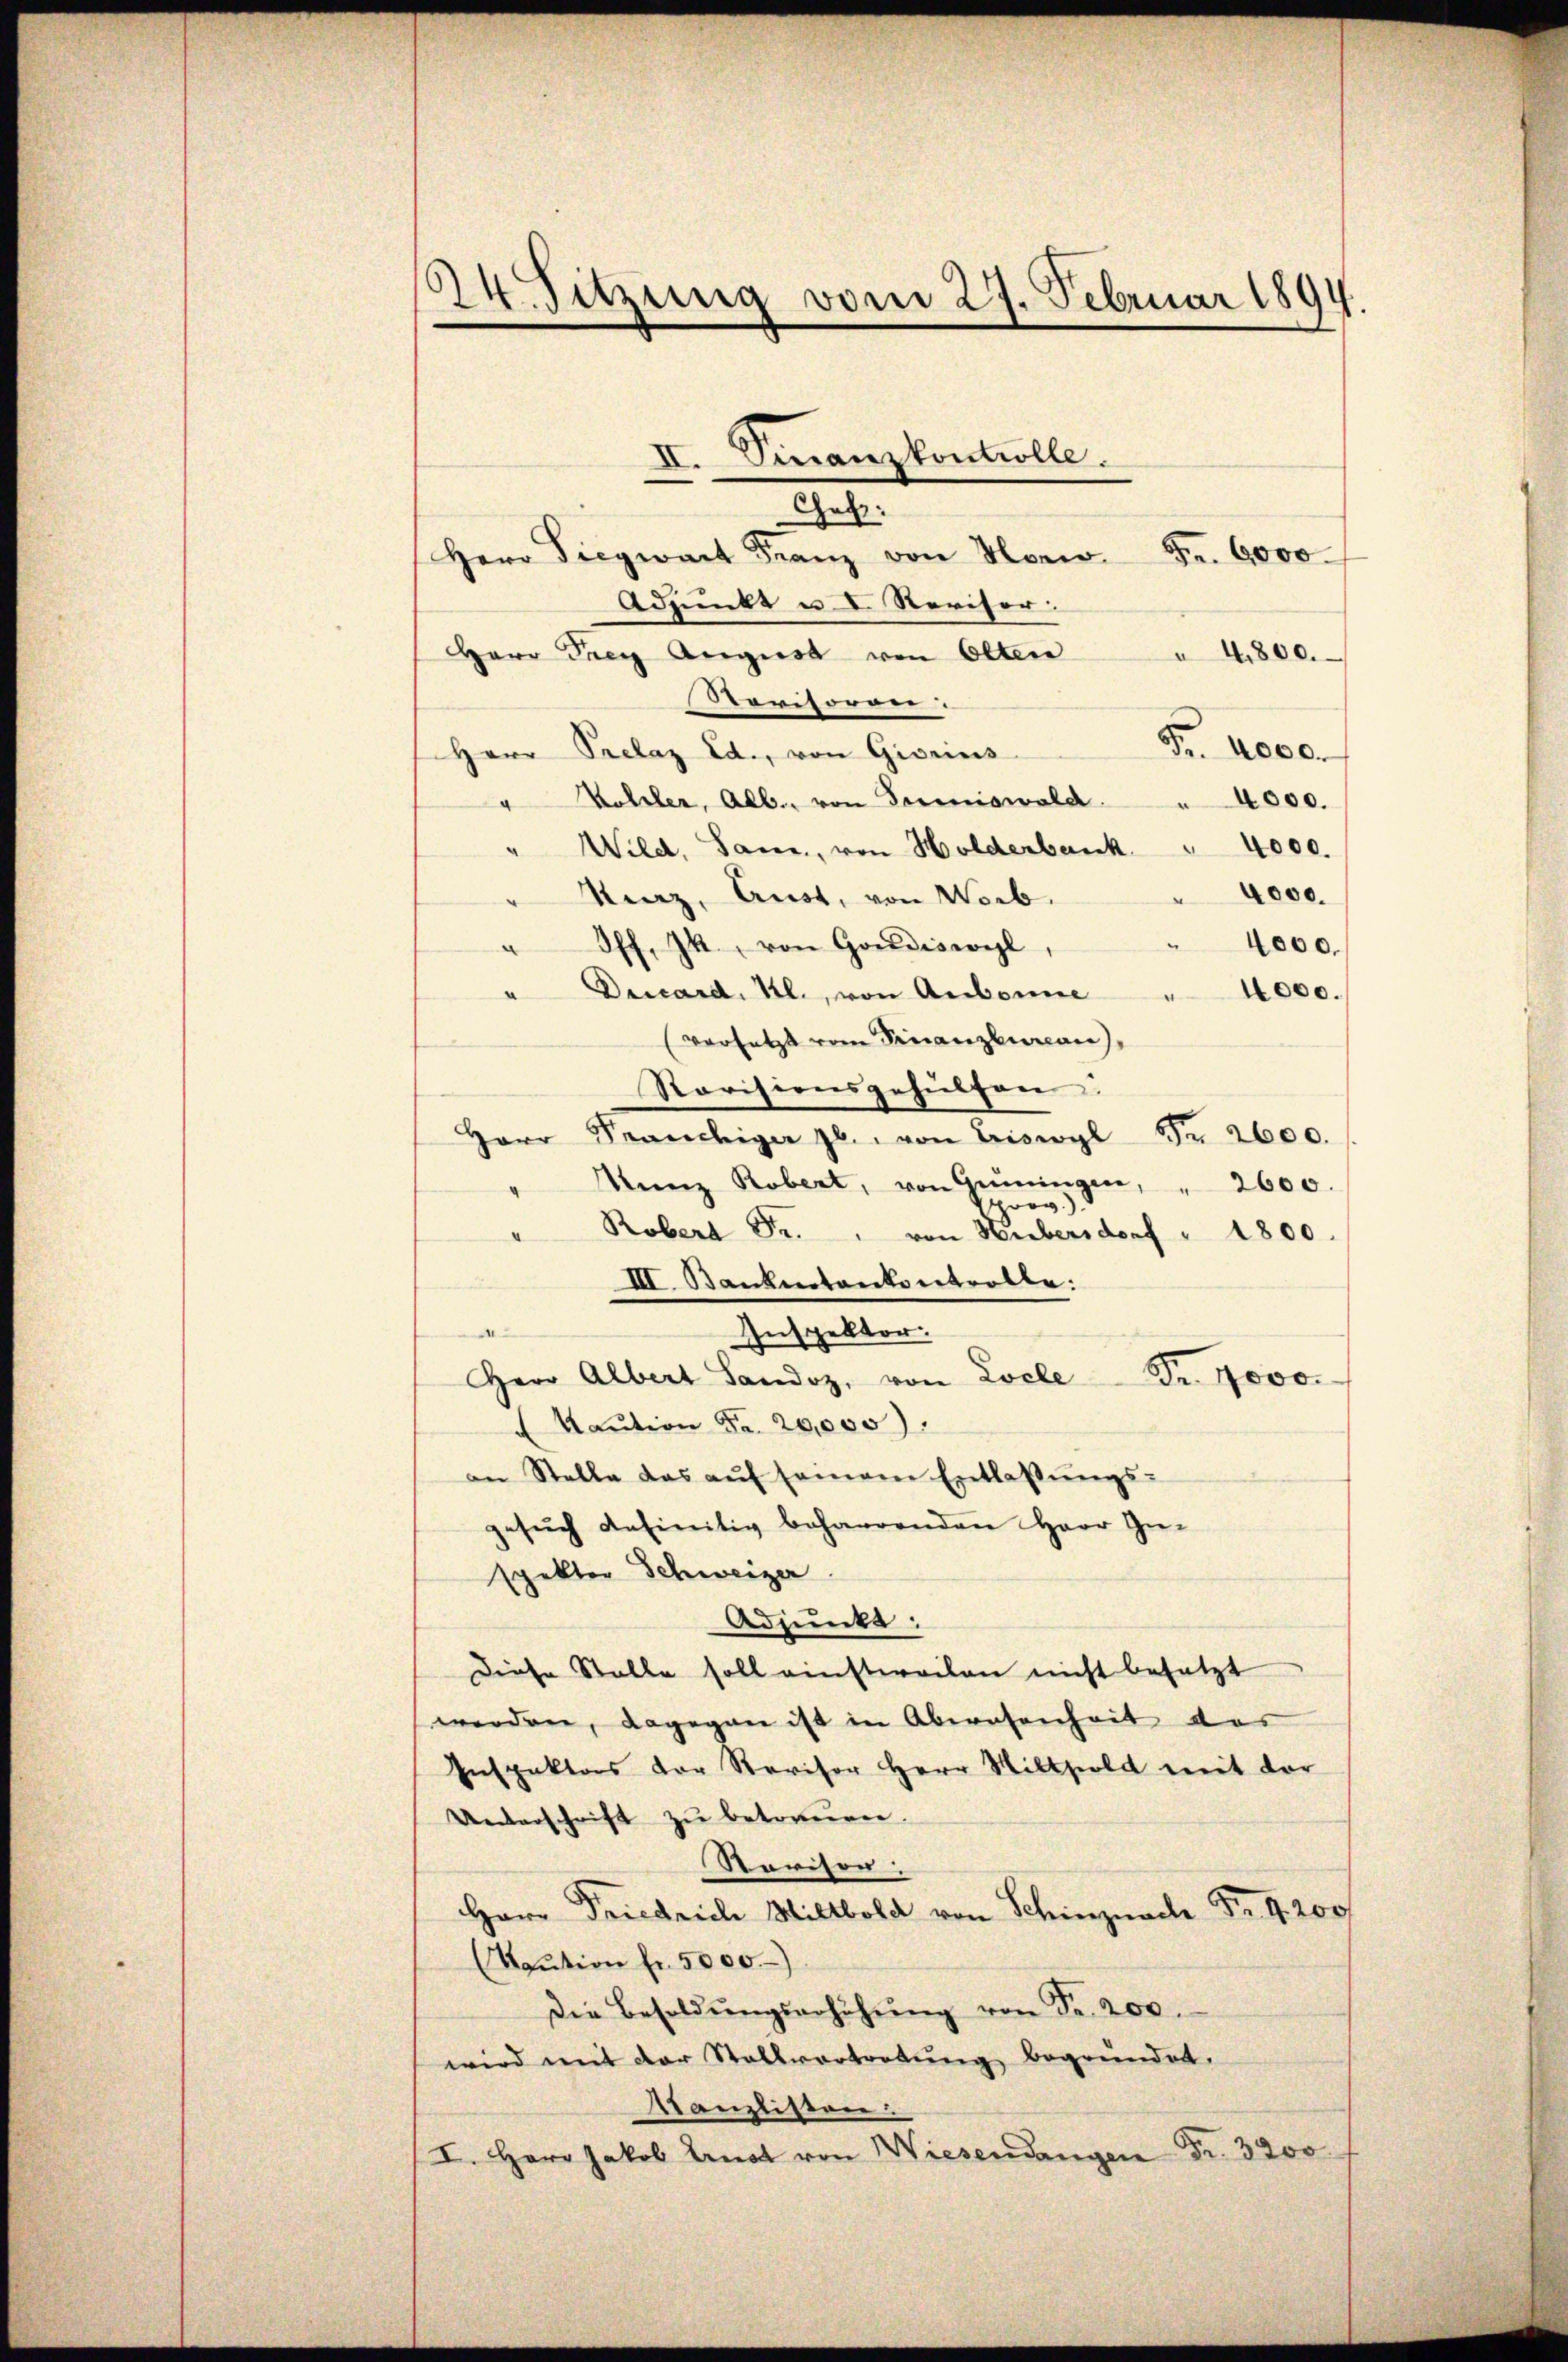
24. Sitzung vom 27. Februar 1894.

Herr Siegwart Franz von Horw. Fr. 6000
Adpunkt u. I. Revisor
4800.
Herr Frey August von Olten
Rovisorgen
Fr. 2000.
Herr Prelaz Ed., von Giorins
" Woller, Alb., von Termiswald. " 4000.
" Wild, Same, von Holderbank " 4000.
4000.
Kurz, Aust, von Worb.
Off. 74, von Gordiswyl,
4000.
4000.
Ducard. kl., von Aubonne
versetzt vom Finanzbureau,
Ravisionsgehülfen.
Herr Seendige zb. von Briswyl Nr. 2600.
Kunz Robert, von Grüningen, " 2600.
oon).
Robert Fr. von Hubersdorf " 1800.
III. Banknotankontrolle:
4
Inspektor.
Herr Albert Landoz, von Locle Fr. 7000.
 Kaution Fr. 20,000.
an Stelle das aŭf samem Entlassŭngs-
gesŭch definitiv beharrenden Herr Ge-
spektor Schweizer
Adjunkt:
Diese Stalle soll einstweilen nicht besetzt
werden, dagegen ist in Abwesenheit das
Inspektors der Revisor Herr Willhold mit der
Unterschrift zu betrauen.
Revisor
Herr Friedrich Miltbold von Schinznach Fr. 1200f
(Taŭtion fr. 5000.
Die Besoldŭngserhöhŭng von Fr. 200.
wird mit der Stallvertretŭng begründet.
Kanzlisten.
I. Herr Jakob Ernst von Wiesendangen Fr. 3200.

Finanzkontrolle.
X
Gat: